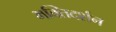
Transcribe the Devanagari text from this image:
भक्तिदर्शन